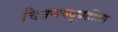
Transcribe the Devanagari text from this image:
चित्रणपद्धतीला